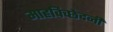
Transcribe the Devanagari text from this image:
माहविच्छेदनी